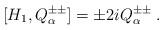
LaTeX: \begin{align*} [H_1, Q^{\pm\pm}_\alpha ] = \pm 2i Q^{\pm\pm}_\alpha \;.\end{align*}